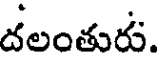
దలంతురు.